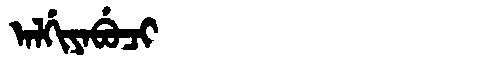
Manchu: ᠠᠯᡤᡳᠶᠠᠪᡠᠴᡳ
Romanization: ALGIYABUCI